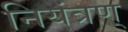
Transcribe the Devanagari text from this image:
नियंत्रण्